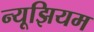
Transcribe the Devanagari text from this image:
न्यूझियम